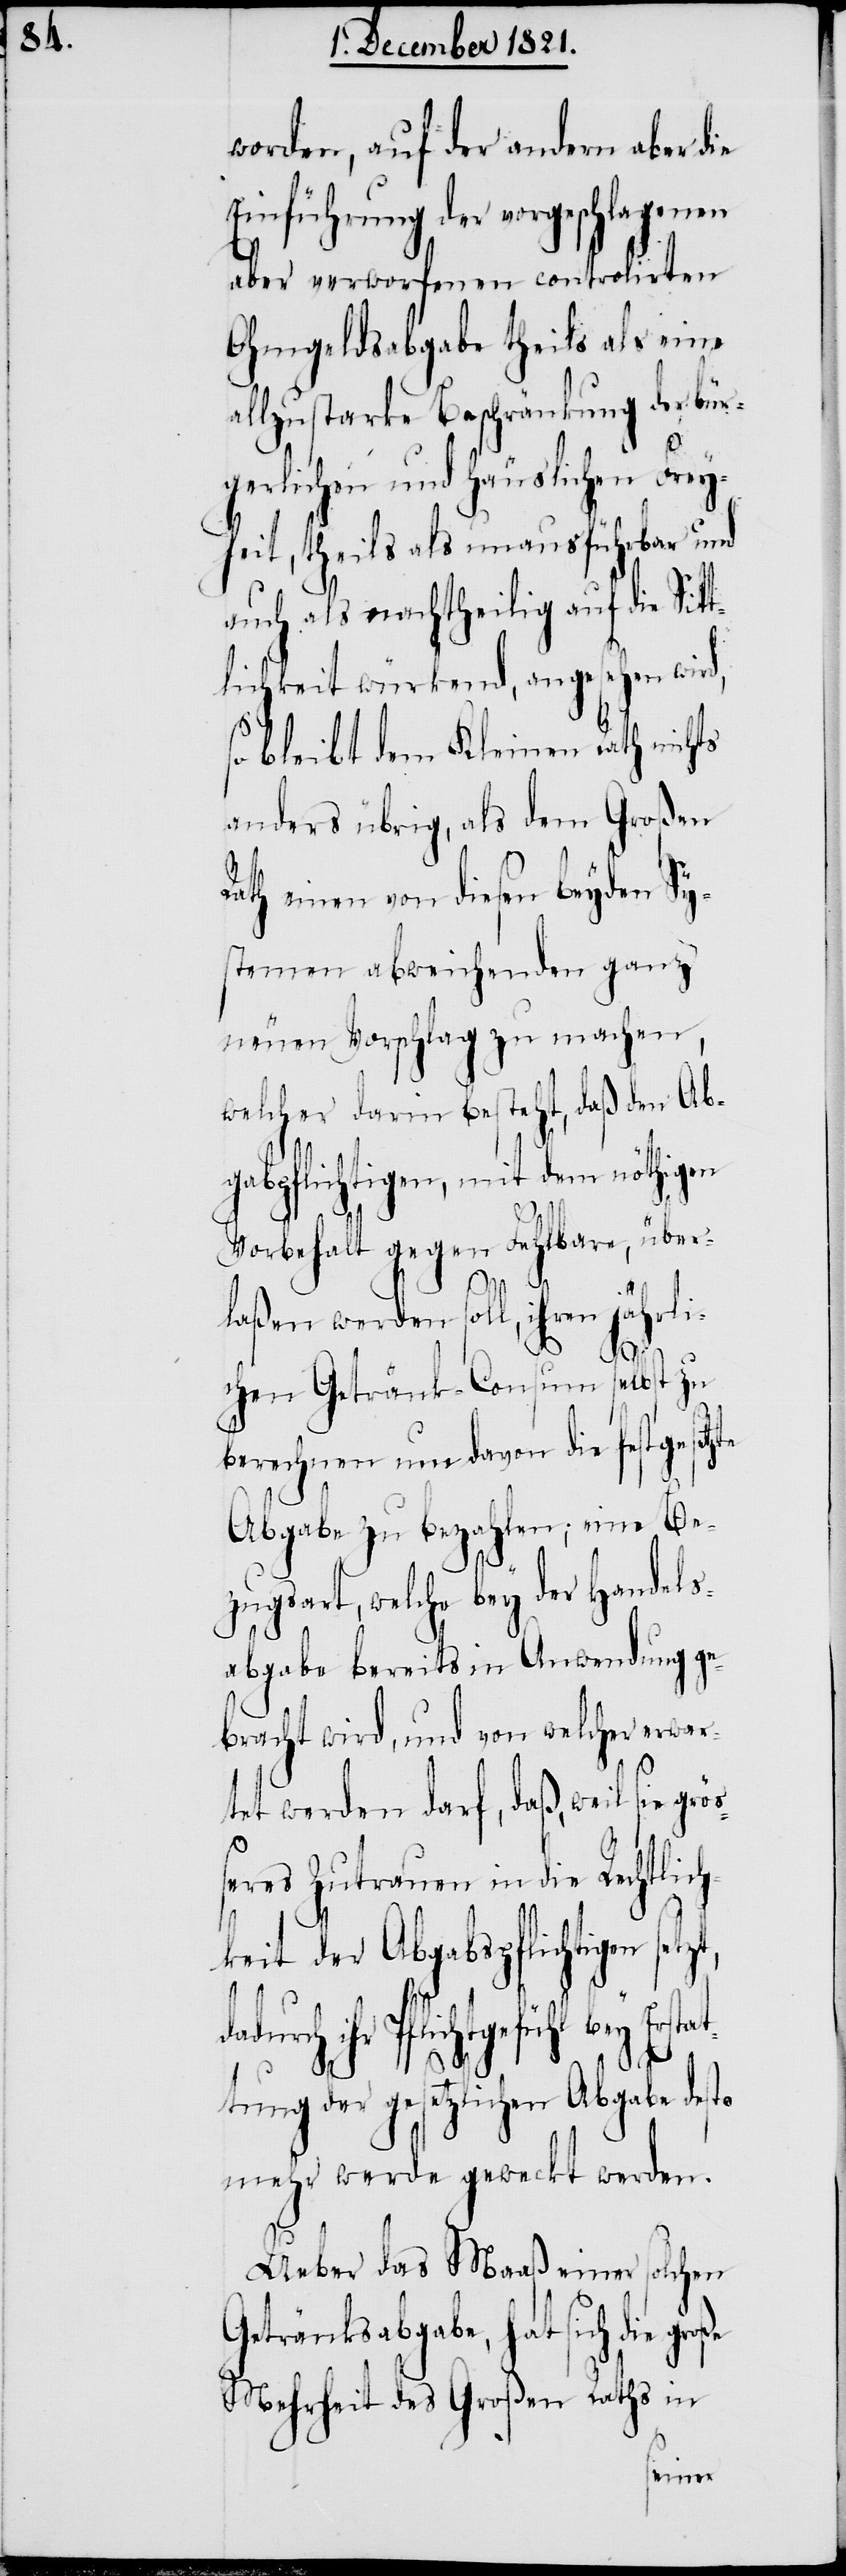
worden, auf der andern aber die
Einführung der vorgeschlagenen
aber verworfenen controlirten
Ohmgeldsabgabe theils als eine
allzustarke Beschränkung der bür¬
gerlichen und häuslichen Frey¬
heit, theils als unausführbar und
auch als nachtheilig auf die Sit¬
tlichkeit würkend, angesehen wird,
so bleibt dem Kleinen Rath nichts
anders übrig, als dem Großen
ath einen von diesen beyden Sy¬
stemen abweichenden ganz
neuen Vorschlag zu machen,
welcher darin besteht, daß den Ab¬
gabpflichtigen, mit dem nöthigen
Vorbehalt gegen Fehlbare, über¬
laßen werden soll, ihren jährli¬
größ¬
chen Getränk-Consum selbst zu
berechnen um davon die festgesetzte
Abgabe zu bezahlen; eine Be¬
zugsart, welche bey der Handels¬
abgabe bereits in Anwendung ge¬
bracht wird, und von welcher erwa¬
tet werden darf, daß, weil sie
eres Zutrauen in die Rechtlich¬
keit der Abgabspflichtigen
ihr Pflichtgefühl bey Ers¬
to
tung der gesetzlichen Abgabe des¬
mehr werde geweckt werden.
Ueber das Maaß einer solchen
Getränksabgabe, hat sich die
Mehrheit des Großen Raths in